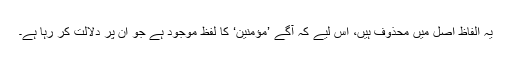
یہ الفاظ اصل میں محذوف ہیں، اِس لیے کہ آگے ’مُؤْمِنِیْن‘ کا لفظ موجود ہے جو اِن پر دلالت کر رہا ہے۔